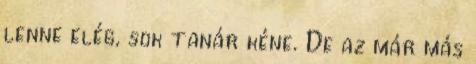
lenne elég, sok tanár kéne. De az már más